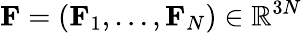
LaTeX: {\mathbf F}=({\mathbf F}_{1},\dots,{\mathbf F}_{N})\in{\mathbb R}^{3N}